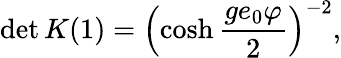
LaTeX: \operatorname*{det}{K}(1)=\left(\cosh\frac{ge_{0}\varphi}{2}\right)^{-2},